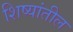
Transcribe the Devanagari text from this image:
शिष्यांतील